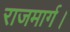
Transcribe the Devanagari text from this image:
राजमार्ग।